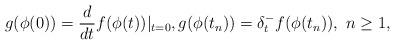
LaTeX: \begin{align*} g(\phi(0)) = \frac{d}{dt} f(\phi(t)) |_{t=0}, g(\phi(t_n)) = \delta^-_t f(\phi(t_n)), \ n\ge1,\end{align*}